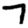
Digit: 7